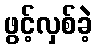
ဖွင့်လှစ်ခဲ့